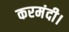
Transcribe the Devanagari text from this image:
करमंदी।